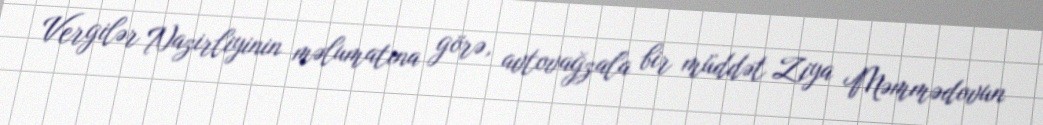
Vergilər Nazirliyinin məlumatına görə, avtovağzala bir müddət Ziya Məmmədovun